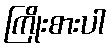
ကြိုးစားပါ